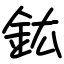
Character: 鈜